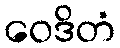
ဝေဒိတံ